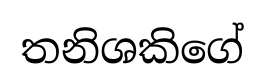
තනිශකිගේ